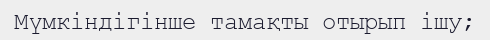
Мүмкіндігінше тамақты отырып ішу;